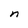
Character: n